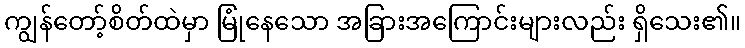
ကျွန်တော့်စိတ်ထဲမှာ မြုံနေသော အခြားအကြောင်းများလည်း ရှိသေး၏။